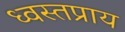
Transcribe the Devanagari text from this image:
ध्वस्तप्राय